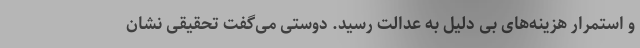
و استمرار هزینه‌های بی دلیل به عدالت رسید. دوستی می‌گفت تحقیقی نشان